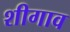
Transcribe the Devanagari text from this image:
शीगाव